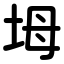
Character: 坶